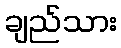
ချည်သား